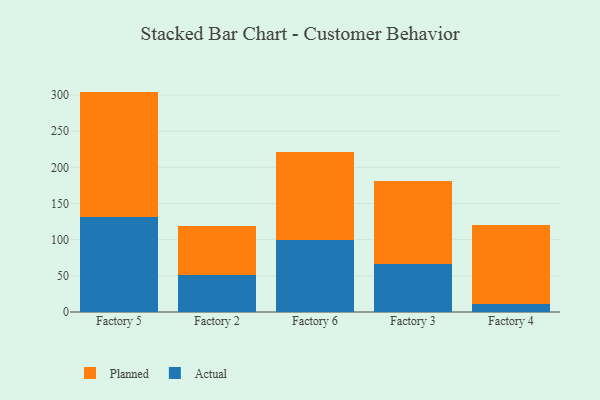
{"axis": {"x": "Factory", "y": "Operating Costs (USD K)"}, "legend": ["Actual", "Planned"], "data": [{"x": "Factory 5", "y": 131.5, "type": "Actual"}, {"x": "Factory 5", "y": 173.2, "type": "Planned"}, {"x": "Factory 2", "y": 51.8, "type": "Actual"}, {"x": "Factory 2", "y": 67.2, "type": "Planned"}, {"x": "Factory 6", "y": 99.7, "type": "Actual"}, {"x": "Factory 6", "y": 122.1, "type": "Planned"}, {"x": "Factory 3", "y": 66.2, "type": "Actual"}, {"x": "Factory 3", "y": 114.5, "type": "Planned"}, {"x": "Factory 4", "y": 11.2, "type": "Actual"}, {"x": "Factory 4", "y": 109.1, "type": "Planned"}]}